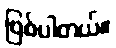
ဖြစ်ပါတယ်။